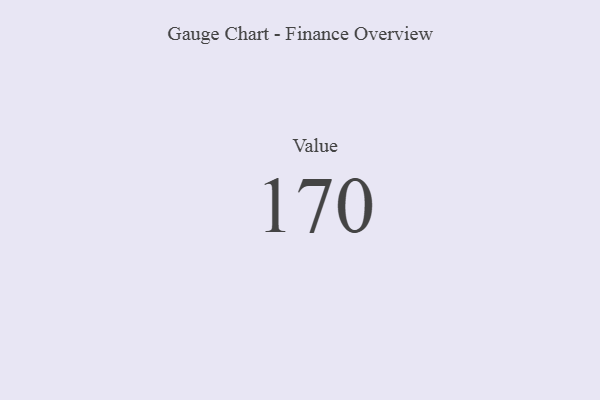
{"axis": {"x": "Metric", "y": "Value"}, "legend": [""], "data": [{"x": "Value", "y": 170, "type": ""}]}